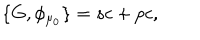
\{ G , \phi _ { \mu _ { 0 } } \} = s c + p c ,